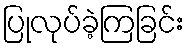
ပြုလုပ်ခဲ့ကြခြင်း